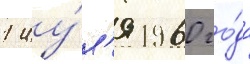
1 иу́л'я 1960 го́да